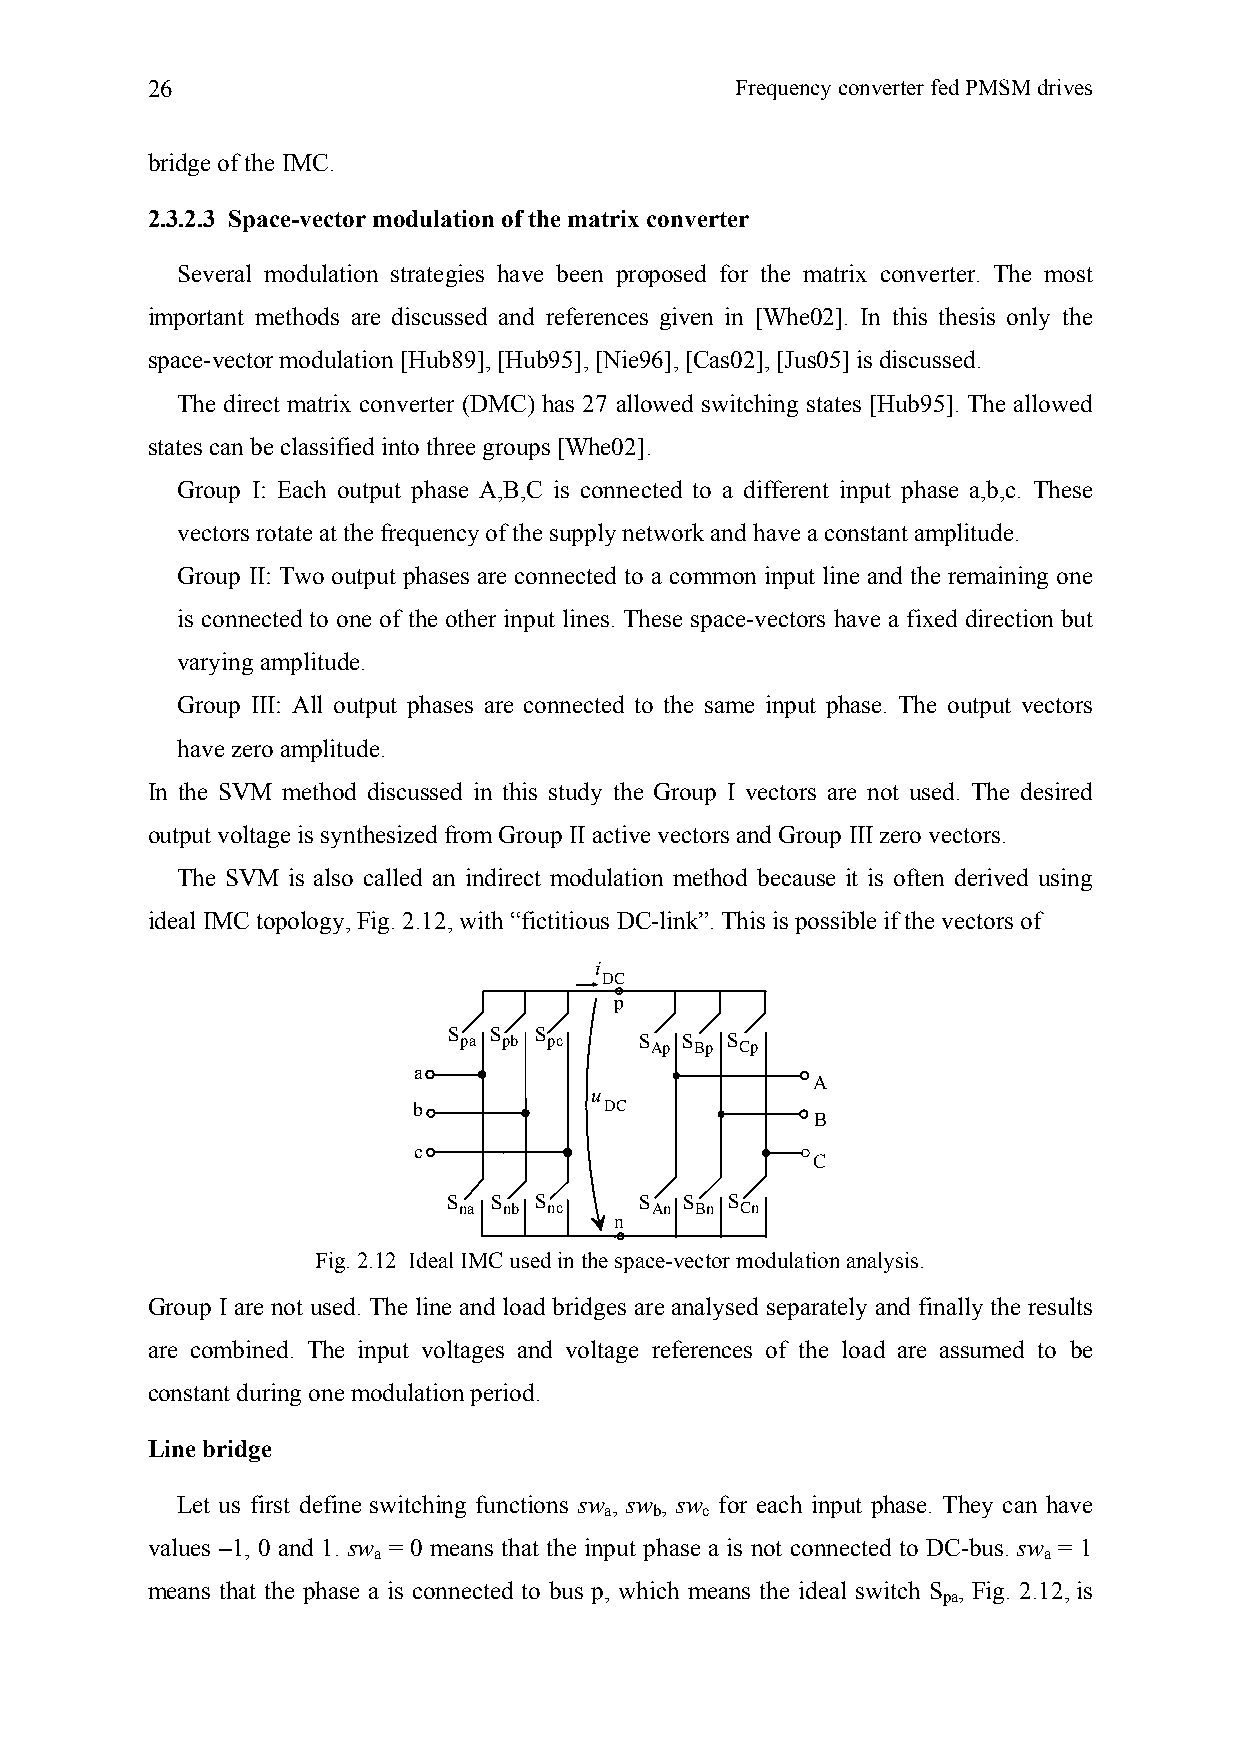
26                                     Frequency converter fed PMSM drives
 bridge of the IMC.
 2.3.2.3 Space-vector modulation of the matrix converter
 Several modulation strategies have been proposed for the matrix converter. The most
 important methods are discussed and references given in [Whe02]. In this thesis only the
 space-vector modulation [Hub89], [Hub95], [Nie96], [Cas02], [Jus05] is discussed.
 The direct matrix converter (DMC) has 27 allowed switching states [Hub95]. The allowed
 states can be classified into three groups [Whe02].
 Group I: Each output phase A,B,C is connected to a different input phase a,b,c. These
 vectors rotate at the frequency of the supply network and have a constant amplitude.
 Group II: Two output phases are connected to a common input line and the remaining one
 is connected to one of the other input lines. These space-vectors have a fixed direction but
 varying amplitude.
 Group III: All output phases are connected to the same input phase. The output vectors
 have zero amplitude.
 In the SVM method discussed in this study the Group I vectors are not used. The desired
 output voltage is synthesized from Group II active vectors and Group III zero vectors.
 The SVM is also called an indirect modulation method because it is often derived using
 ideal IMC topology, Fig. 2.12, with “fictitious DC-link”. This is possible if the vectors of
 i
 DC
 p
 S pa S pb S pc S Ap S Bp S Cp
 a
 A
 u
 b            DC
 B
 c
 C
 S S  S      S  S  S
 na nb nc     An Bn Cn
 n
 Fig. 2.12 Ideal IMC used in the space-vector modulation analysis.
 Group I are not used. The line and load bridges are analysed separately and finally the results
 are combined. The input voltages and voltage references of the load are assumed to be
 constant during one modulation period.
 Line bridge
 Let us first define switching functions sw , sw , sw for each input phase. They can have
 a  b  c
 values –1, 0 and 1. sw = 0 means that the input phase a is not connected to DC-bus. sw = 1
 a                                           a
 means that the phase a is connected to bus p, which means the ideal switch S , Fig. 2.12,is
 pa